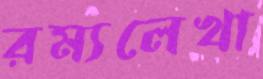
রম্যলেখা